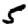
Digit: 5